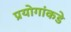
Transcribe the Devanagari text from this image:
प्रयोगांकडे